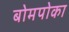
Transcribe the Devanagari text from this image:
बोमपोका